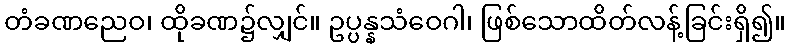
တံခဏညေဝ၊ ထိုခဏ၌လျှင်။ ဥပ္ပန္နသံဝေဂါ၊ ဖြစ်သောထိတ်လန့်ခြင်းရှိ၍။